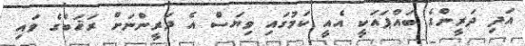
އަދި ދަރީންގެ ބައްޕައަކީ އެއީ ކަމުގައި ވިޔަސް އެ ދަރީންނަށް ރަޚަބްގެ ވައި